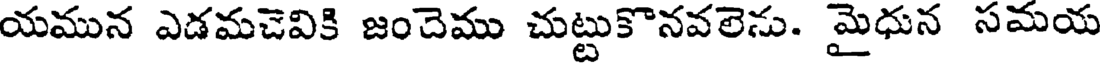
యమున ఎడమచెవికి జంచెము చుట్టుకొనవలెను. మైధున సమయ